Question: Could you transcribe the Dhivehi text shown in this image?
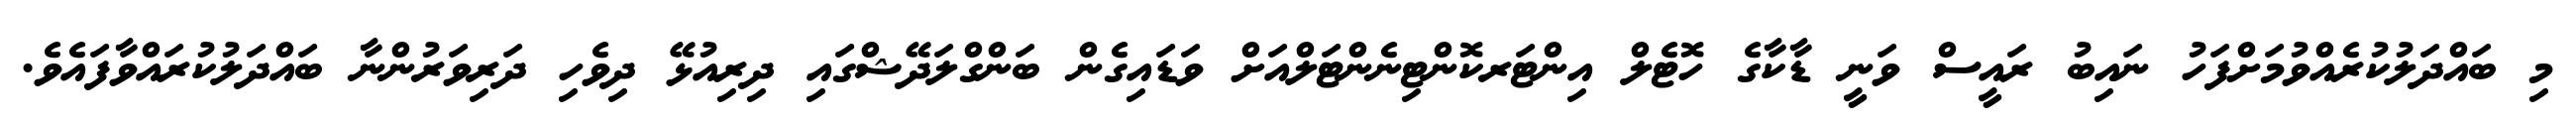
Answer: މި ބައްދަލުކުރެއްވުމަށްފަހު ނައިބު ރައީސް ވަނީ ޑާކާގެ ހޮޓެލް އިންޓަރކޮންޓިނެންޓަލްއަށް ވަޑައިގެން ބަންގްލަދޭޝްގައި ދިރިއުޅޭ ދިވެހި ދަރިވަރުންނާ ބައްދަލުކުރައްވާފައެވެ.